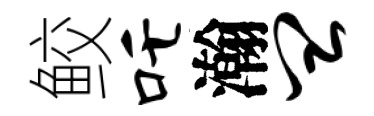
鲛吒瀚皿